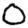
Digit: 0